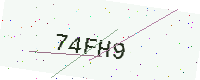
Text: 74FH9